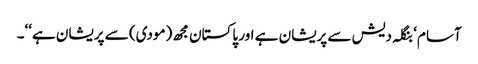
آسام ‘ بنگلہ دیش سے پریشان ہے اور پاکستان مجھ (مودی) سے پریشان ہے‘‘۔